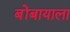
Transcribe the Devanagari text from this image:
बोंबायाला